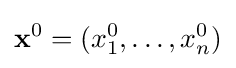
\mathbf {x} ^{0}=(x_{1}^{0},\ldots ,x_{n}^{0})